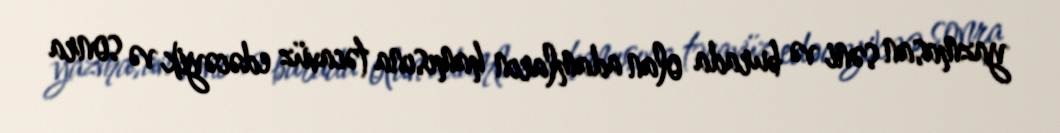
yazmasan səni və burada olan adamların hamısına təcavüz edəcəyik və sonra